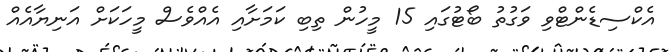
އެކްސިޑެންޓްވި ވަގުތު ބޯޓުގައި 15 މީހުން ތިބި ކަމަށާއި އެއްވެސް މީހަކަށް އަނިޔާއެއް